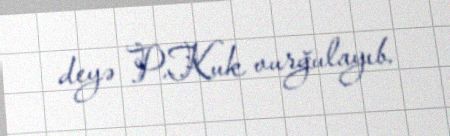
deyə P.Kuk vurğulayıb.